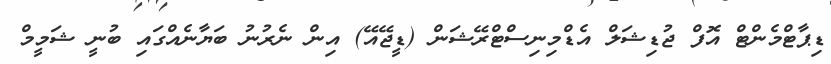
ޑިޕާޓްމެންޓް އޮފް ޖުޑިޝަލް އެޑްމިނިސްޓްރޭޝަން (ޑީޖޭއޭ) އިން ނެރުނު ބަޔާނެއްގައި ބުނީ ޝަމީމް